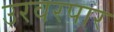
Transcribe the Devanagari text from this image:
उरवरपार